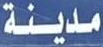
مدينة